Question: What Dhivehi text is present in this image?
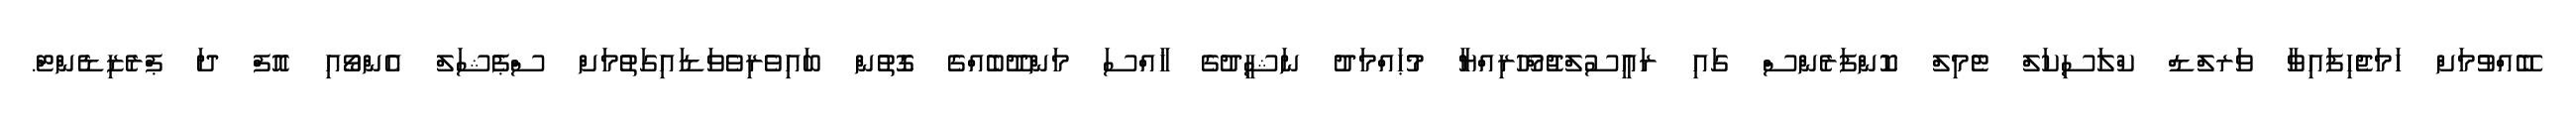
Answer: ބޭއްވުމަށް ހަމަޖެހިފައިވާ ވަރލްޑް ކްލަސިކަލް ޓެމިލް ކޮންފަރެންސް ގައި ރައީސުލްޖުމްހޫރިއްޔާ މުޙައްމަދު ނަޝީދުގެ ޚާއްސަ މަންދޫބެއްގެ ގޮތުން ބައިވެރިވެވަޑައިގަތުމަށް ސްޕެޝަލް އެންވޯއި އޮފް ދަ ޕްރެޒިޑެންޓް.